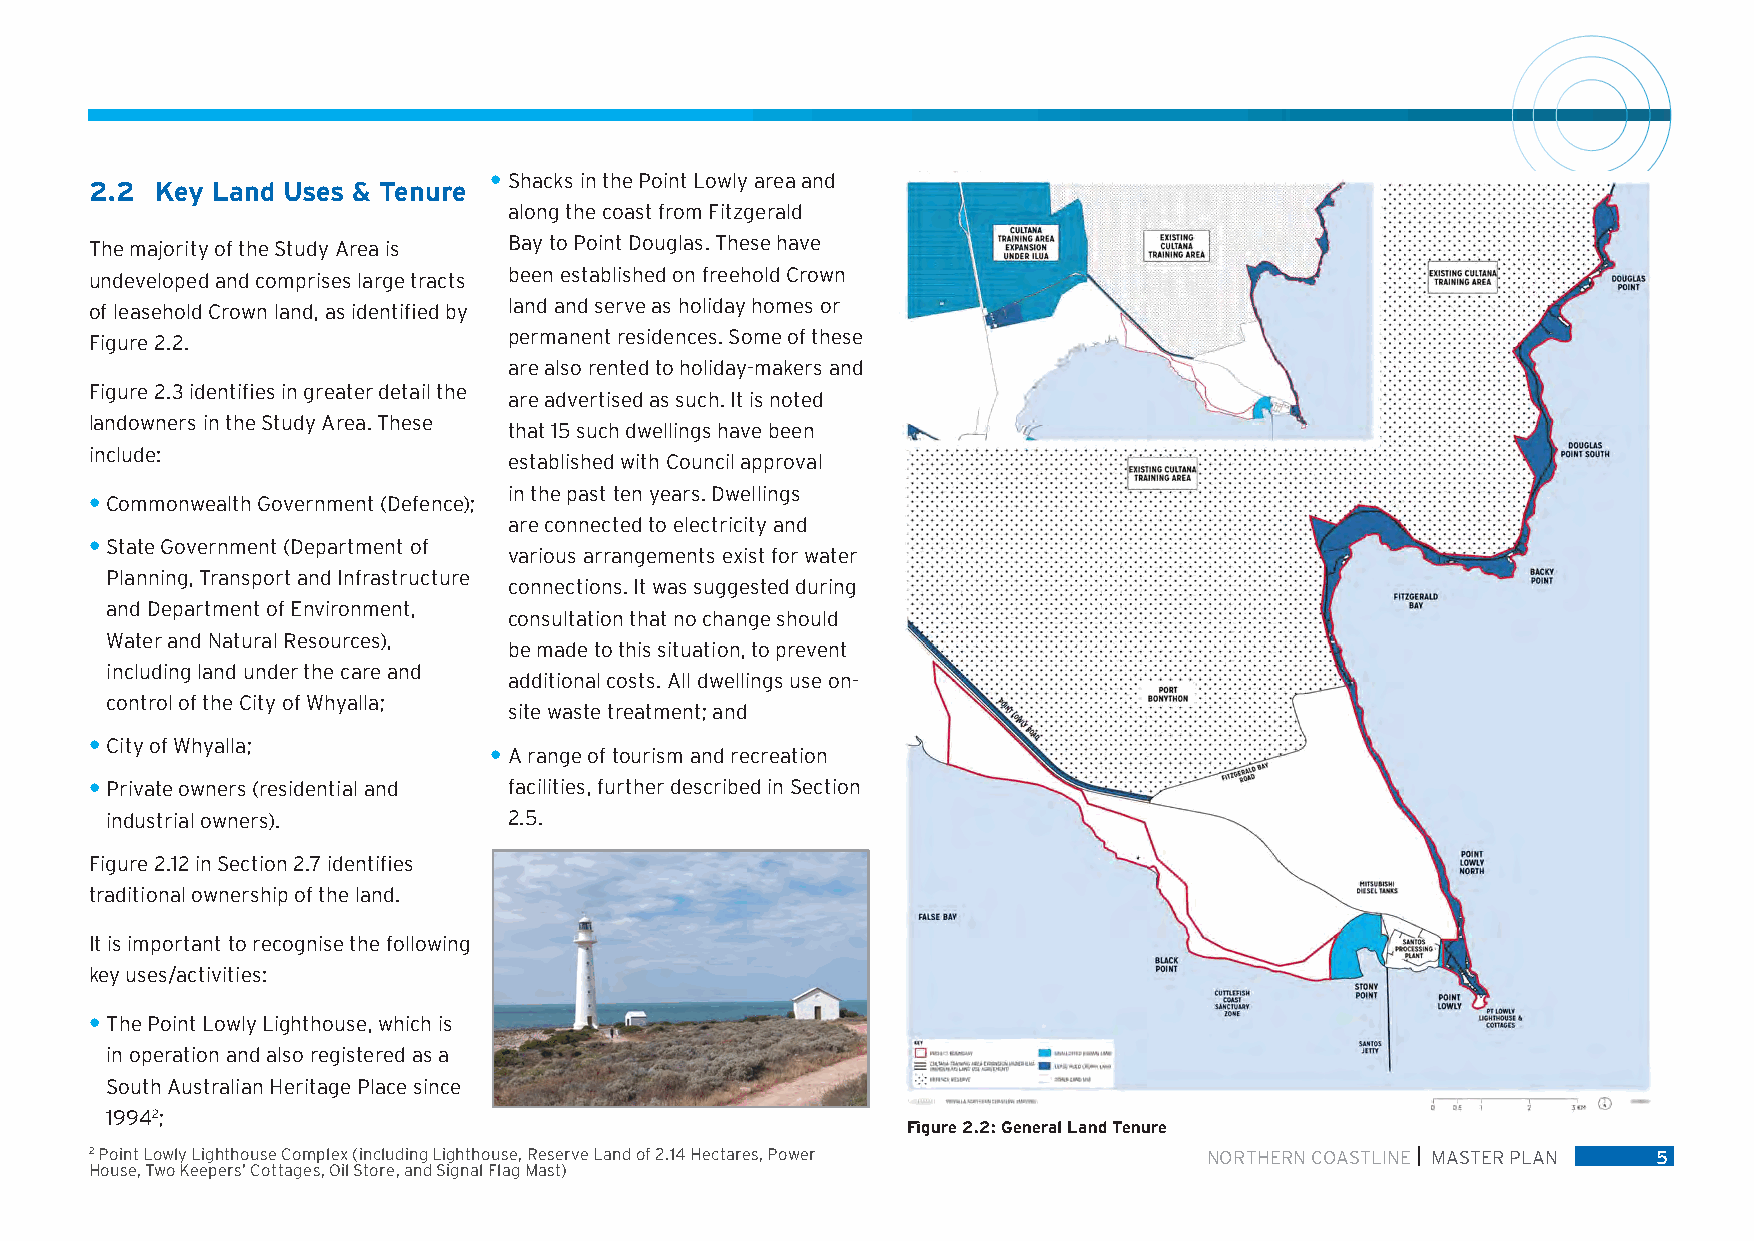
• Shacks in the Point Lowly area and
 2.2 Key Land Uses & Tenure
 along the coast from Fitzgerald
 The majority of the Study Area is Bay to Point Douglas. These have
 undeveloped and comprises large tracts been established on freehold Crown
 of leasehold Crown land, as identified by land and serve as holiday homes or
 Figure 2.2.                 permanent residences. Some of these
 are also rented to holiday-makers and
 Figure 2.3 identifies in greater detail the
 are advertised as such. It is noted
 landowners in the Study Area. These
 that 15 such dwellings have been
 include:
 established with Council approval
 in the past ten years. Dwellings
 • Commonwealth Government (Defence);
 are connected to electricity and
 • State Government (Department of
 various arrangements exist for water
 Planning, Transport and Infrastructure
 connections. It was suggested during
 and Department of Environment,
 consultation that no change should
 Water and Natural Resources),
 be made to this situation, to prevent
 including land under the care and
 additional costs. All dwellings use on-
 control of the City of Whyalla;
 site waste treatment; and
 • City of Whyalla;
 • A range of tourism and recreation
 • Private owners (residential and facilities, further described in Section
 industrial owners).        2.5.
 Figure 2.12 in Section 2.7 identifies
 traditional ownership of the land.
 It is important to recognise the following
 key uses/activities:
 • The Point Lowly Lighthouse, which is
 in operation and also registered as a
 South Australian Heritage Place since
 19942;
 Figure 2.2: General Land Tenure
 2 Point Lowly Lighthouse Complex (including Lighthouse, Reserve Land of 2.14 Hectares, Power NORTHERN COASTLINE MASTER PLAN 5
 House, Two Keepers’ Cottages, Oil Store, and Signal Flag Mast)